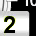
Digit: 2